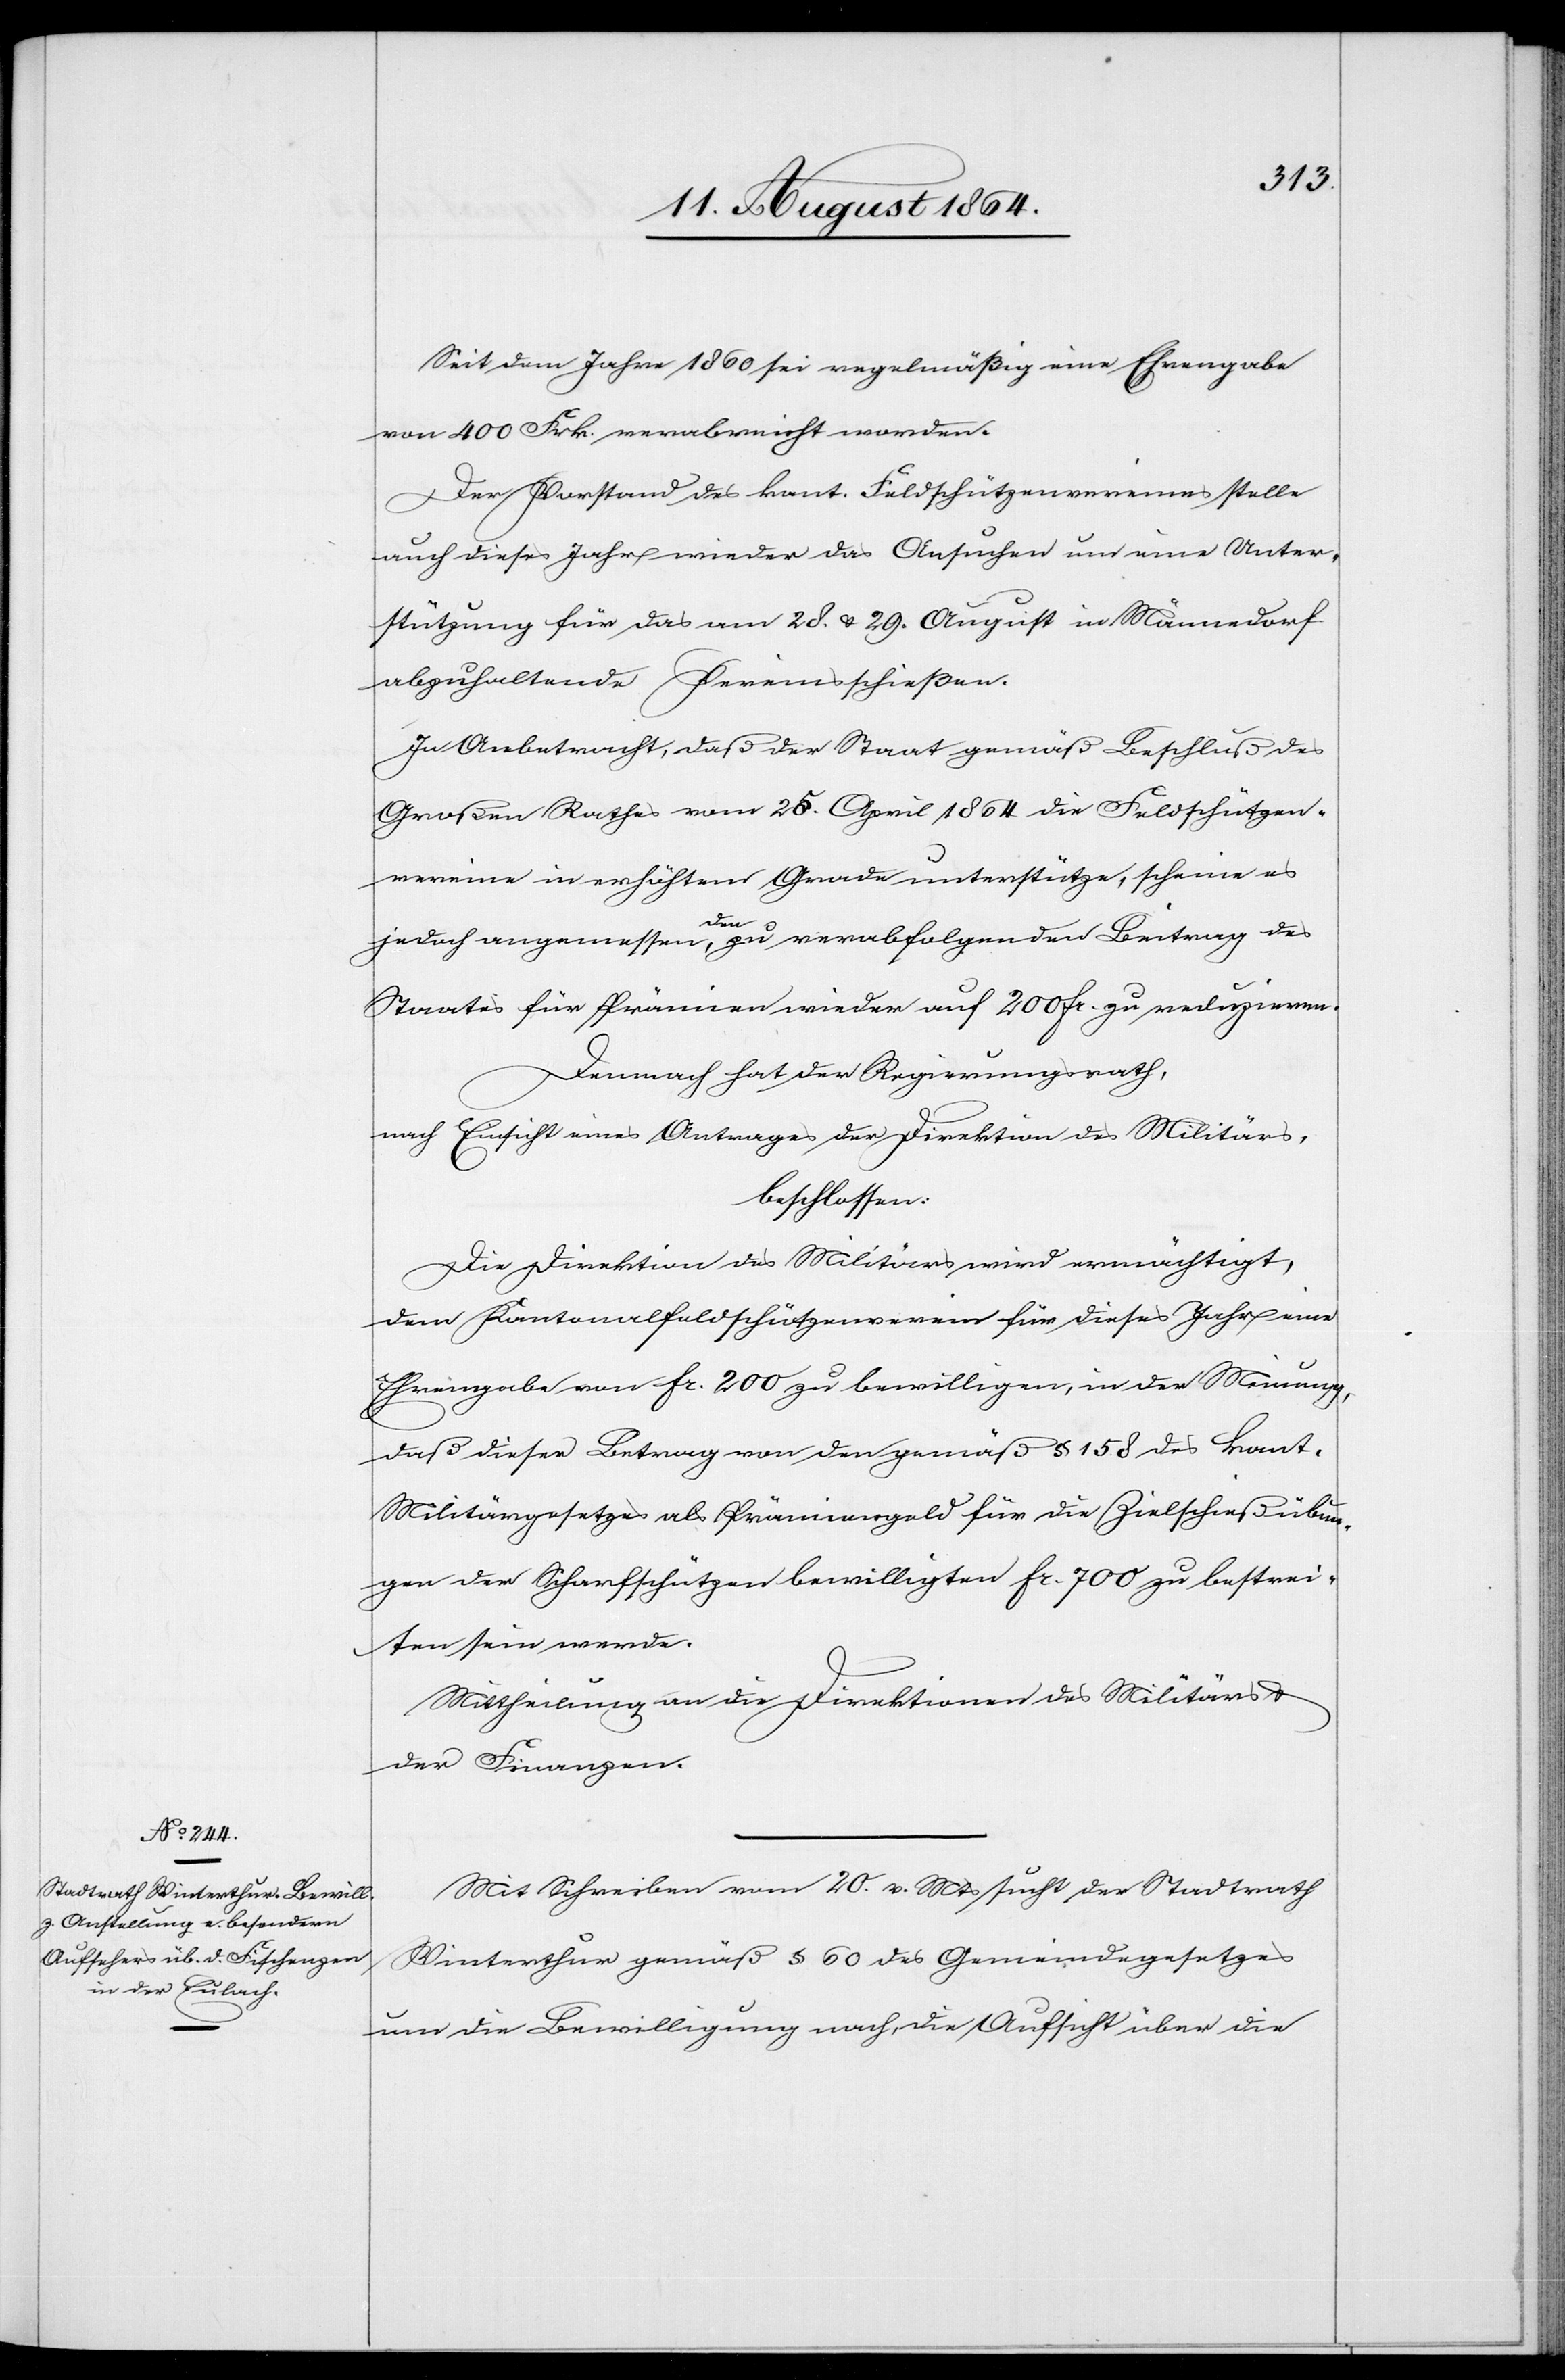
Seit dem Jahr 1860 sei regelmäßig eine Ehrengabe
von 400 Frk. verabreicht worden.
Der Vorstand des kant. Feldschützenvereines stelle
auch dieses Jahr wieder das Ansuchen um eine Unter¬
stützung für das am 28. & 29. August in Männedorf
abzuhaltende Vereinsschießen.
In Anbetracht, daß der Staat gemäß Beschluß des
Großen Rathes vom 25 April 1864 die Feldschützen¬
vereine in erhöhtem Grade unterstütze, scheine es
jedoch angemessen, a-den-a zu verabfolgenden Beitrag des
Staats für Prämien wieder auf 200 Fr. zu reduzieren.
Demnach hat der Regierungsrath,
nach Einsicht eines Antrages der Direktion des Militärs,
beschlossen:
Die Direktion des Militärs wird ermächtigt,
dem Kantonalschützenverein für dieses Jahr eine
Ehrengabe von Fr. 200 zu bewilligen, in der Meinung,
daß dieser Betrag von den gemäß § 158 des kant.
Militärgesetzes als Prämiengeld für die Zielschießübun¬
gen der Scharfschützen bewilligten Fr. 700 zu bestrei¬
ten sein werde.
Mittheilung an die Direktionen des Militärs
der Finanzen.
Mit Schreiben vom 20. v. Mts. sucht der Stadtrath
Winterthur gemäß § 60 des Gemeindegesetzes
um die Bewilligung nach, die Aufsicht über die